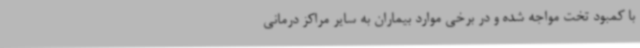
با کمبود تخت مواجه شده و در برخی موارد بیماران به سایر مراکز درمانی